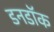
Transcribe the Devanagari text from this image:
डनडॉक